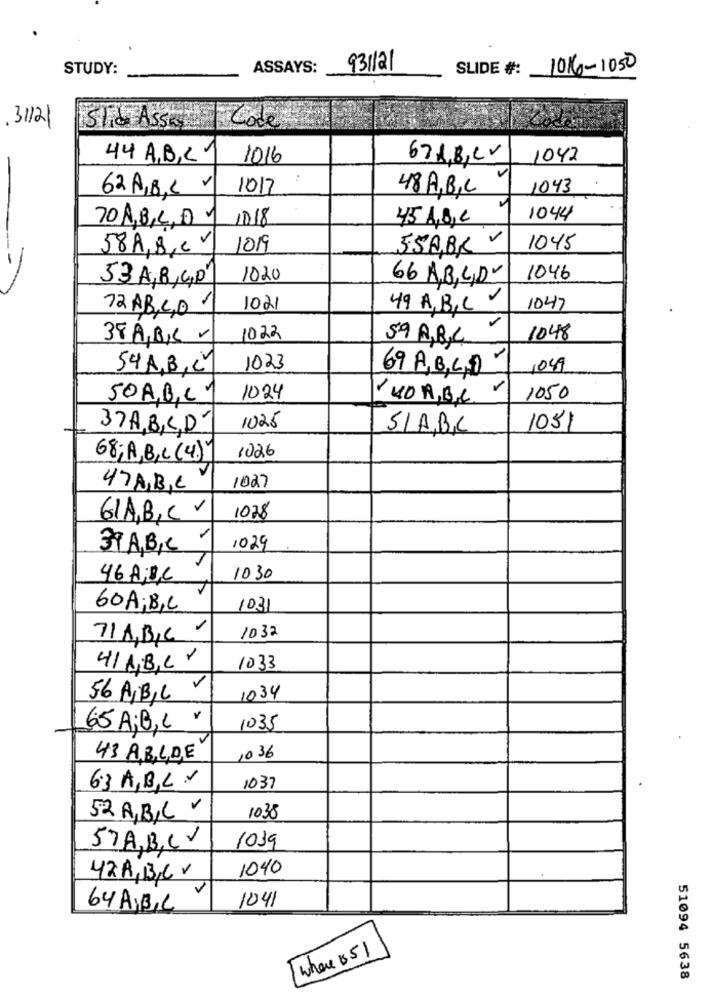
STUDY:
ASSAYS:
931/21
SLIDE #:
1016 -1050
3/12/
Code
44 A,B,C 1
1016
67A,B,CV
1042
:
62A,BL V
1017
48 A.B.L
1043
70ABCD1
1018
45 A,B,C
1044
58A,B,CV
1019
55ABR V
1045
--
53 A,B,C,D
1020
66 A,B,C,D"
1046
72 AB, C,D
1021
49 A,B,C
1047
38A,B,C V
1022
59 A,B,C
1048
54A,B,C
1023
69ABC0
1049
50A,B,C1
1024
1050
1025
37ABCD
SLABC
1051
1026
68;A,B,C(4)
47ABC
1027
61A,B,C V
1028
1029
39 A,B,C
46 ABL
1030
60A,B,C
1031
71 A,B,C'
1032
41 ABLY
1033
1034
56 A,B,C
65 A;B,C
1035
43 ABLDE
1036
63 A,B,C.V
1037
52 A,B,C V
1038
1019
57A,B,C
1040
42A,B,C,
1041
64A,B,C
where B51
51094 5638